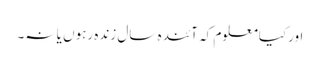
اورکیامعلوم کہ آئندہ سال زندہ رہوں یا نہ۔